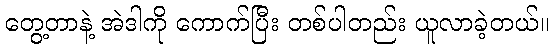
တွေ့တာနဲ့ အဲဒါကို ကောက်ပြီး တစ်ပါတည်း ယူလာခဲ့တယ်။